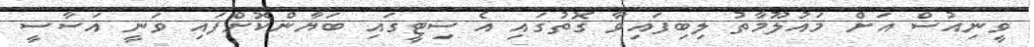
ވީނިއުސް އަށް މައުލޫމާތު ލިބިފައިވާ ގޮތުގައި އެ ސިޓީގައި ބަޔާންކޮށްފައި ވަނީ އަސާސީ